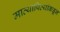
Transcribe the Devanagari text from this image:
मात्यापित्यांकडून